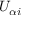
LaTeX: U _ { \alpha i }